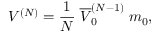
V ^ { ( N ) } = \frac { 1 } { N } \; \overline { { { V } } } _ { 0 } ^ { ( N - 1 ) } \; m _ { 0 } ,